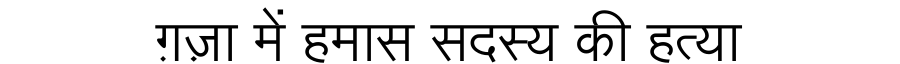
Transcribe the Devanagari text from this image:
ग़ज़ा में हमास सदस्य की हत्या